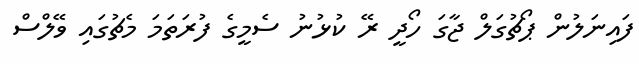
ފައިނަލުން ޕޯޗުގަލް ޖާގަ ހޯދީ ރޭ ކުޅުނު ސެމީގެ ފުރަތަމަ މެޗުގައި ވޭލްސް